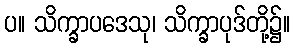
ပ။ သိက္ခာပဒေသု၊ သိက္ခာပုဒ်တို့၌။